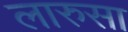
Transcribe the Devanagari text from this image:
लारुसा